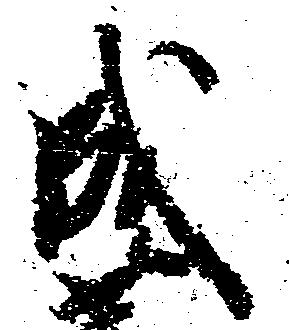
成